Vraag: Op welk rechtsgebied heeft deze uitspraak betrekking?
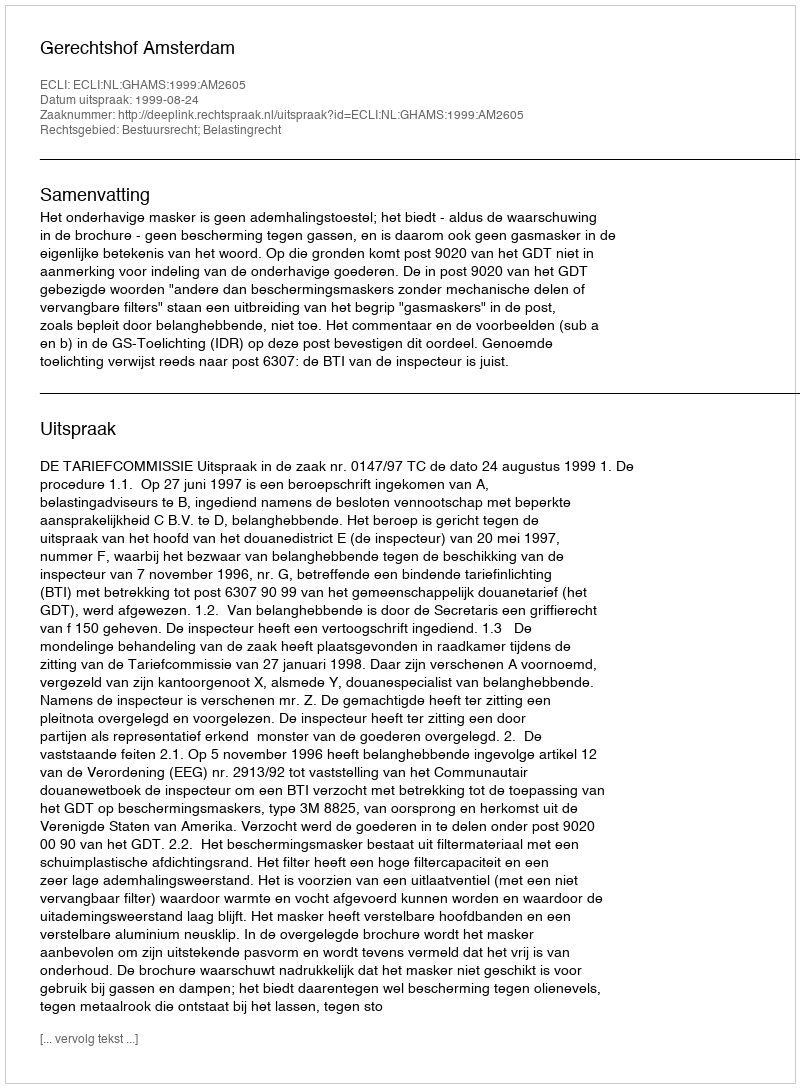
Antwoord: Bestuursrecht; Belastingrecht